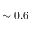
\sim 0 . 6